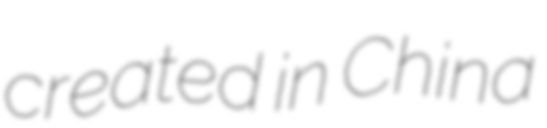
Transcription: created in China